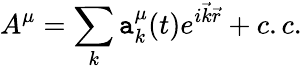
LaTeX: A^{\mu}=\sum_{k}\mathtt{a}_{k}^{\mu}(t)e^{i{\vec{{k}}}{\vec{{r}}}}+c.c.